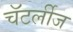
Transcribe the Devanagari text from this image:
चॅटर्लीज